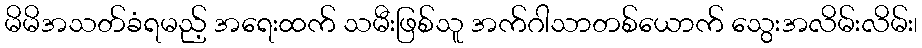
မိမိအသတ်ခံရမည့် အရေးထက် သမီးဖြစ်သူ အက်ဂါသာတစ်ယောက် သွေးအလိမ်းလိမ်း၊